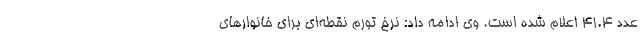
عدد ۴۱.۴ اعلام شده است. وی ادامه داد: نرخ تورم نقطه‌ای برای خانوارهای